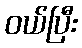
ဝယ်ပြီး